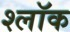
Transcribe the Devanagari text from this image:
श्लॉक